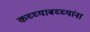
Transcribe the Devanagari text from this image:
कच्च्याबच्च्यांना